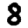
Digit: 8